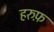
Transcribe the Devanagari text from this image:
हरुफ़